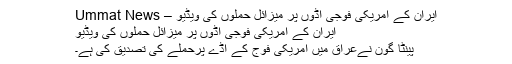
ایران کے امریکی فوجی اڈوں پر میزائل حملوں کی ویڈیو – Ummat News
ایران کے امریکی فوجی اڈوں پر میزائل حملوں کی ویڈیو
پینٹا گون نےعراق میں امریکی فوج کے اڈے پرحملے کی تصدیق کی ہے۔